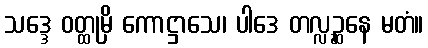
သဒ္ဒေ ဝတ္ထုမှိ ကောဋ္ဌာသေ၊ ပါဒေ တလ္လဉ္ဆနေ မတံ။